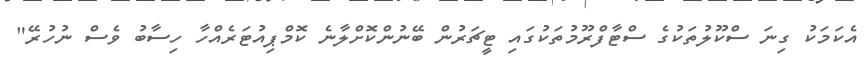
އެކަމަކު ގިނަ ސްކޫލުތަކުގެ ސްޓާފްރޫމުތަކުގައި ޓީޗަރުން ބޭނުންކޮށްލާނެ ކޮމްޕިއުޓަރެއްހާ ހިސާބު ވެސް ނުހުރޭ"